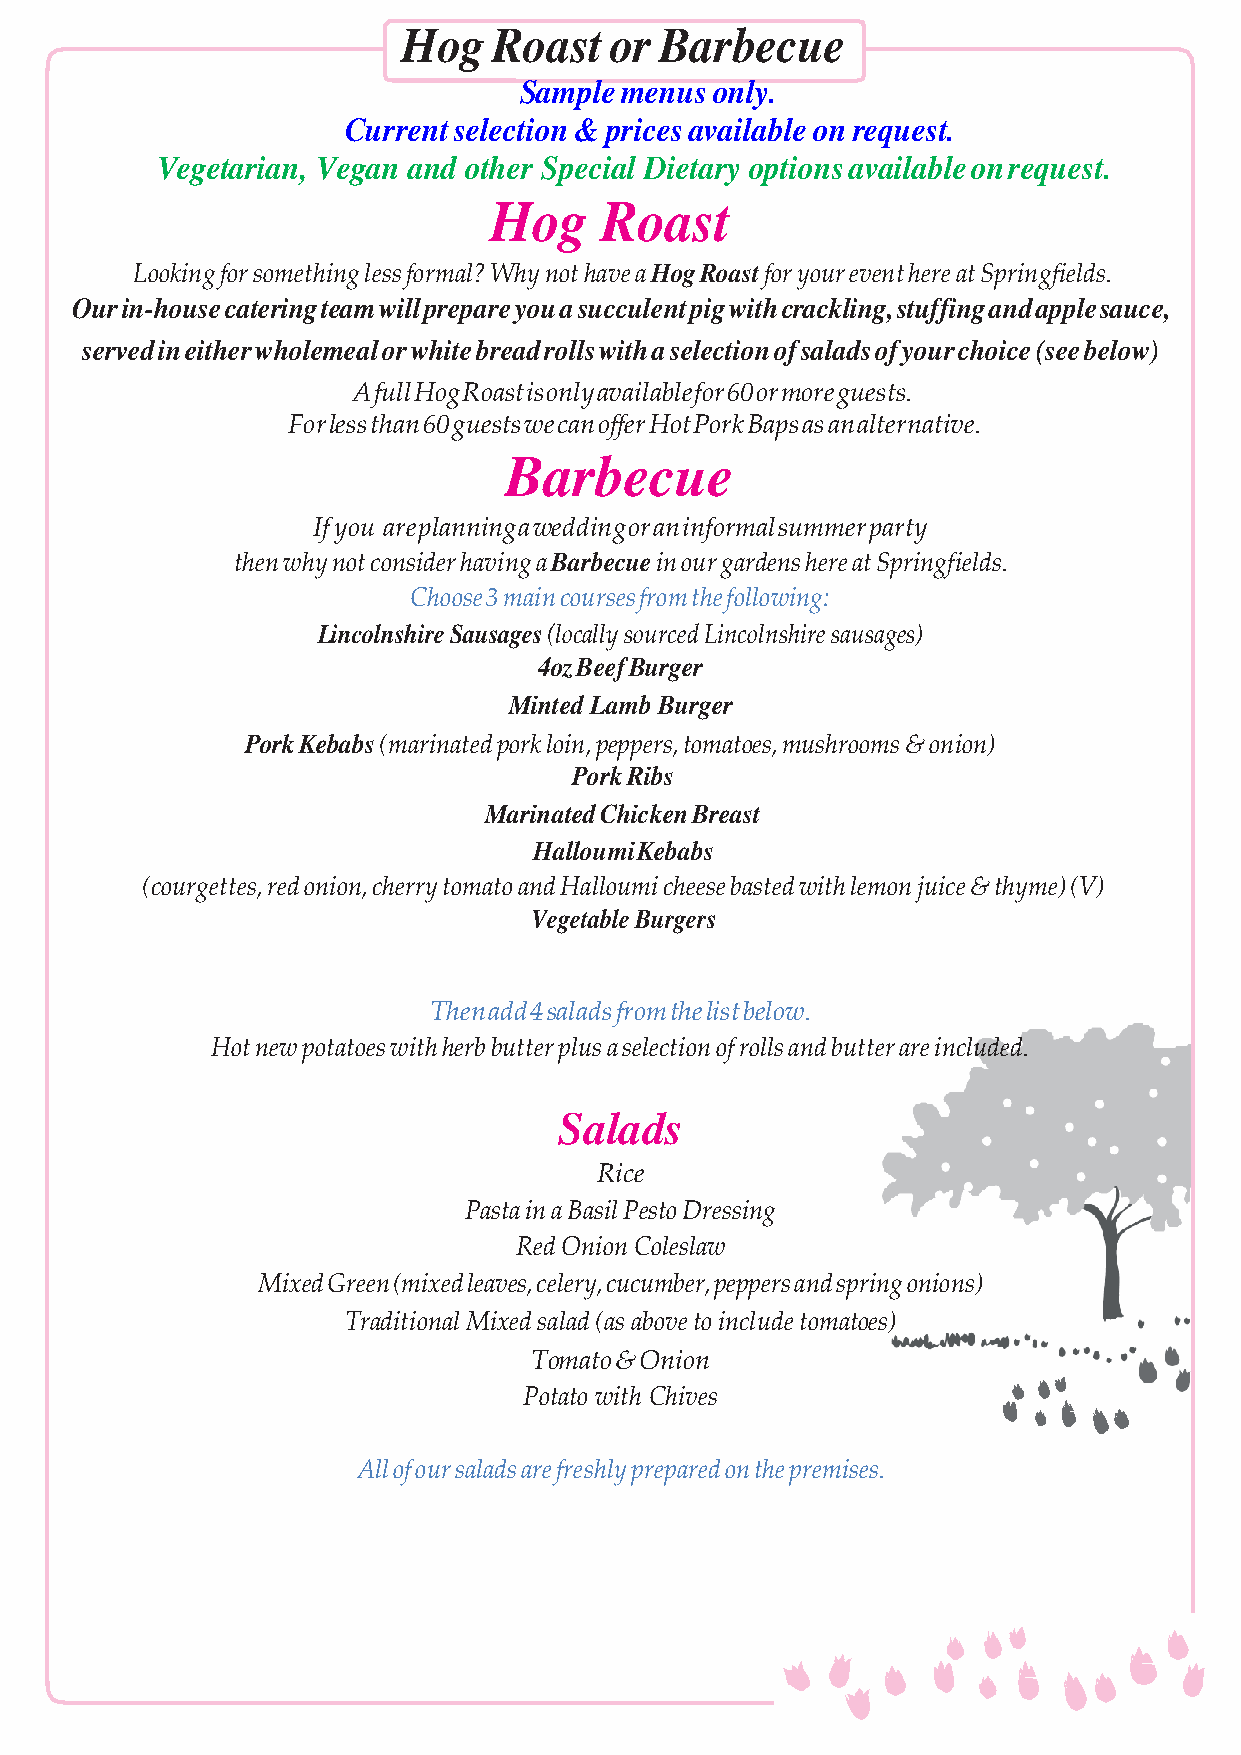
Hog   Roast  or  Barbecue
 Sample menus only.
 Current selection & prices available on request.
 Vegetarian, Vegan and other Special Dietary options available on request.
 Hog     Roast
 Looking for something less formal? Why not have a Hog Roast for your event here at Springfields.
 Our in-house catering team will prepare you a succulent pig with crackling, stuffing and apple sauce,
 served in either wholemeal or white bread rolls with a selection of salads of your choice (see below)
 A full Hog Roast is only available for 60 or more guests.
 For less than 60 guests we can offer Hot Pork Baps as an alternative.
 Barbecue
 If you are planning a wedding or an informal summer party
 then why not consider having a Barbecue in our gardens here at Springfields.
 Choose 3 main courses from the following:
 Lincolnshire Sausages (locally sourced Lincolnshire sausages)
 4oz Beef Burger
 Minted Lamb Burger
 Pork Kebabs (marinated pork loin, peppers, tomatoes, mushrooms & onion)
 Pork Ribs
 Marinated Chicken Breast
 Halloumi Kebabs
 (courgettes, red onion, cherry tomato and Halloumi cheese basted with lemon juice & thyme) (V)
 Vegetable Burgers
 Then add 4 salads from the list below.
 Hot new potatoes with herb butter plus a selection of rolls and butter are included.
 Salads
 Rice
 Pasta in a Basil Pesto Dressing
 Red Onion Coleslaw
 Mixed Green (mixed leaves, celery, cucumber, peppers and spring onions)
 Traditional Mixed salad (as above to include tomatoes)
 Tomato & Onion
 Potato with Chives
 All of our salads are freshly prepared on the premises.